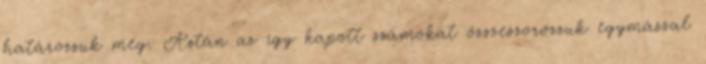
határozzuk meg. Aztán az így kapott számokat összeszorozzuk egymással